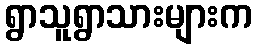
ရွာသူရွာသားများက